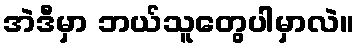
အဲဒီမှာ ဘယ်သူတွေပါမှာလဲ။